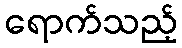
ရောက်သည့်